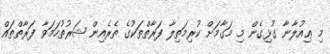
މި ޢިއުލާނާ ގުޅިގެން މި މަގާމަށް ކުރިމަތިލާ ފަރާތްތަކުގެ ތެރެއިން ޝަރުތުހަމަވާ ފަރާތްތައް